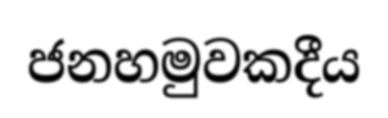
ජනහමුවකදීය